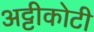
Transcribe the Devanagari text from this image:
अट्टीकोटी